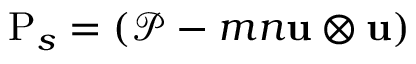
\mathrm { P } _ { s } = ( \mathcal { P } - m n \mathbf { u } \otimes \mathbf { u } )